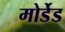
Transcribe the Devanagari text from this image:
मोर्डेड